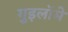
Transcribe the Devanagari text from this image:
गुइलॉमे